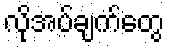
လိုအပ်ချက်တွေ